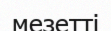
мезетті